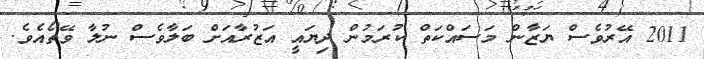
2011 އޭރުވެސް ޔަޒާން މަސައްކަތް ކުރަމުން ދިޔައީ އަޒުރާއަށް ބަލާވެސް ނުލާ ވޭތޯއެވެ.